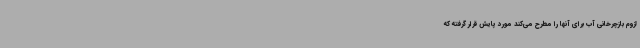
لزوم بازچرخانی آب برای آنها را مطرح می‌کند مورد پایش قرار گرفته که